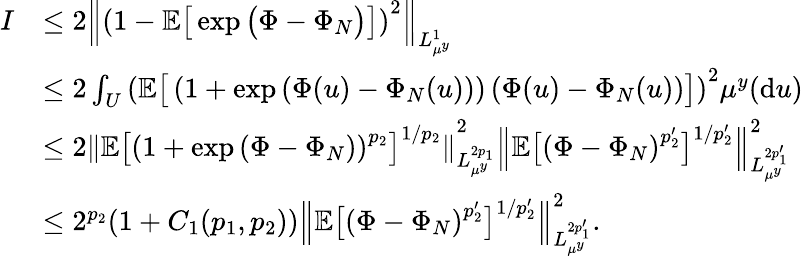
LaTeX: \begin{array}{rl}{I}&{\leq 2\left\| \left(1-\mathbb{E}\big[\exp\big(\Phi-\Phi_{N}\big)\big]\right)^{2}\right\| _{L_{\mu^{y}}^{1}}}\\ &{\leq 2\int_{U}\left(\mathbb{E}\big[\left(1+\exp\left(\Phi(u)-\Phi_{N}(u)\right)\right)\left(\Phi(u)-\Phi_{N}(u)\right)\big]\right)^{2}\mu^{y}(\mathrm{d}u)}\\ &{\leq 2\left\| \mathbb{E}\big[\left(1+\exp\left(\Phi-\Phi_{N}\right)\right)^{p_{2}}\big]^{1/{p_{2}}}\right\| _{L_{\mu^{y}}^{2p_{1}}}^{2}\left\| \mathbb{E}\big[\left(\Phi-\Phi_{N}\right)^{p_{2}^{\prime}}\big]^{1/p_{2}^{\prime}}\right\| _{L_{\mu^{y}}^{2p_{1}^{\prime}}}^{2}}\\ &{\leq 2^{p_{2}}(1+C_{1}(p_{1},p_{2}))\left\| \mathbb{E}\big[\left(\Phi-\Phi_{N}\right)^{p_{2}^{\prime}}\big]^{1/p_{2}^{\prime}}\right\| _{L_{\mu^{y}}^{2p_{1}^{\prime}}}^{2}.}\end{array}